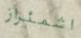
اشمئزاز